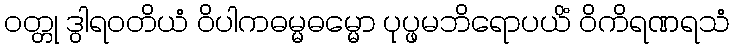
ဝတ္တု ဒွါရဝတိယံ ဝိပါကဓမ္မဓမ္မော ပုပ္ဖမဘိရောပယိံ ဝိကိရဏရသံ